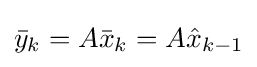
{\bar {y}}_{k}=A{\bar {x}}_{k}=A{\hat {x}}_{k-1}